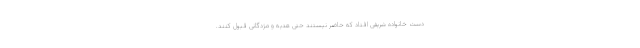
دست خانواده شریفی افتاد که حاضر نیستند حتی هدیه و مژدگانی قبول کنند.